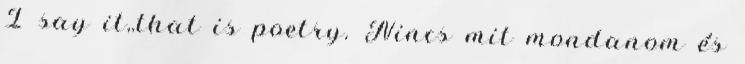
I say it,.that is poetry. Nincs mit mondanom és